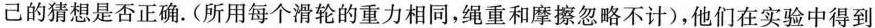
己的猜想是否正确。(所用每个滑轮的重力相同，绳重和摩擦忽略不计)，他们在实验中得到